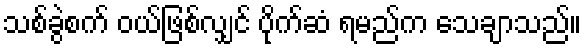
သစ်ခွဲစက် ဝယ်ဖြစ်လျှင် ပိုက်ဆံ ရမည်က သေချာသည်။